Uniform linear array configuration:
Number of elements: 64
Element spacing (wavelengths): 0.5
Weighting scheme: binomial
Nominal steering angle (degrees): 0
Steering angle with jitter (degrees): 0.3534
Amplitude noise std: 0.05
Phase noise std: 0.05

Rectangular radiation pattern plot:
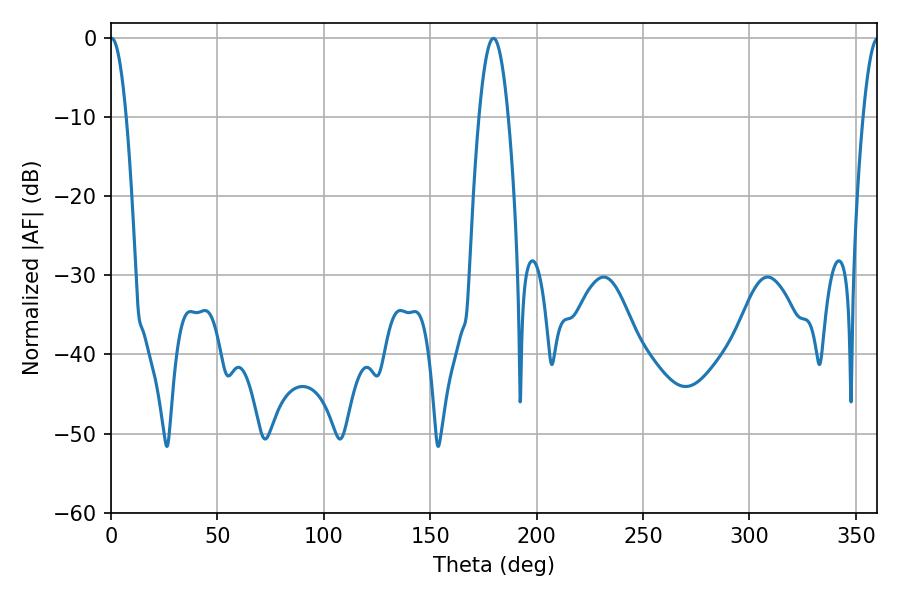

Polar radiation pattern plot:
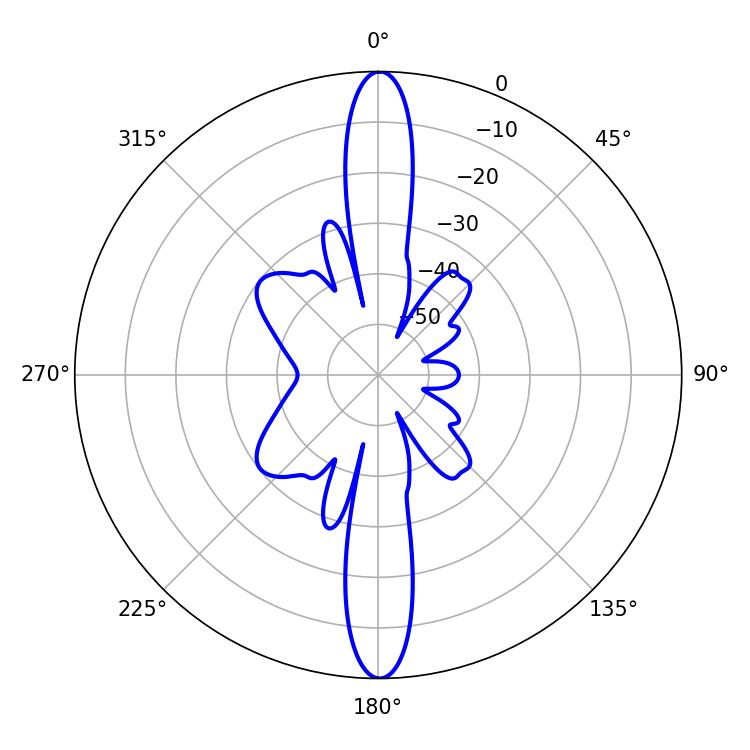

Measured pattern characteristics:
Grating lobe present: FALSE
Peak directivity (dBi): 34.115
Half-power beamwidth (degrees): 7.38
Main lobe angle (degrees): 179.64